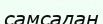
самсадан